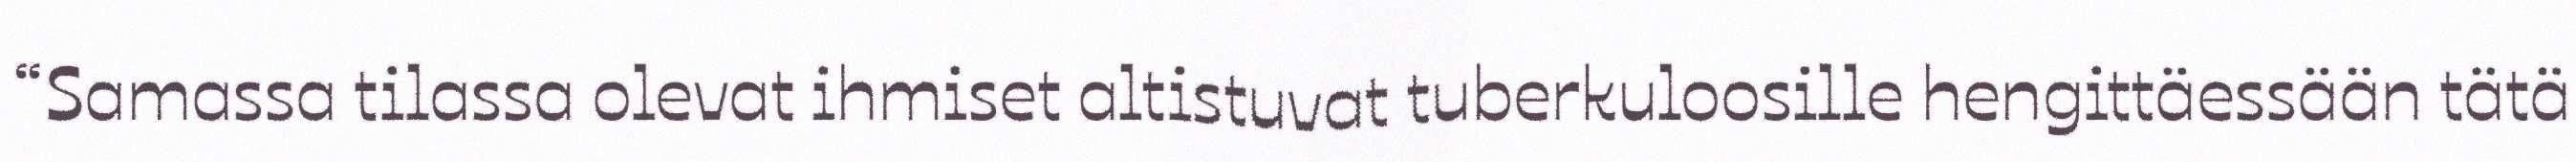
“Samassa tilassa olevat ihmiset altistuvat tuberkuloosille hengittäessään tätä